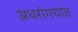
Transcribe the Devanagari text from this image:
अधरांगघात